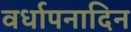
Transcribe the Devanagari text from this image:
वर्धापनादिन